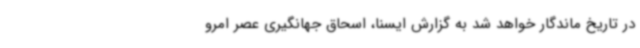
در تاریخ ماندگار خواهد شد به گزارش ایسنا، اسحاق جهانگیری عصر امرو